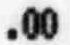
.00